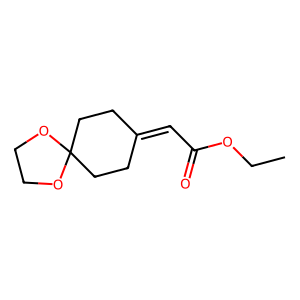
SMILES: CCOC(=O)C=C1CCC2(CC1)OCCO2
Inhibits HIV replication: No